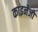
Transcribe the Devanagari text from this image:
काइनेजों